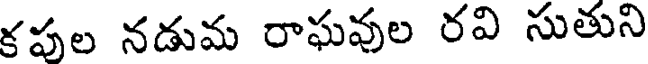
కపుల నడుమ రాఘవుల రవి సుతుని